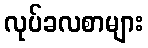
လုပ်ခလစာများ